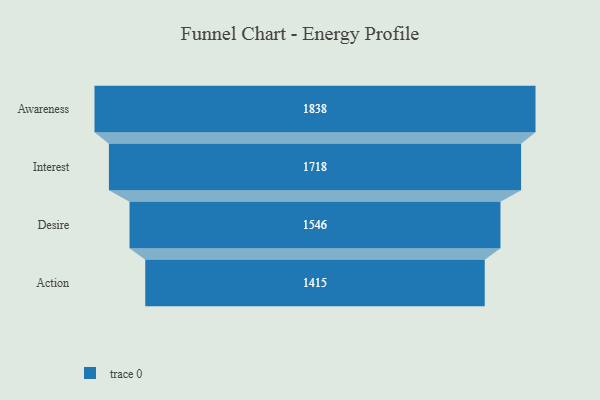
{"axis": {"x": "Stage", "y": "Value"}, "legend": [""], "data": [{"x": "Awareness", "y": 1838.0, "type": ""}, {"x": "Interest", "y": 1718.0, "type": ""}, {"x": "Desire", "y": 1546.0, "type": ""}, {"x": "Action", "y": 1415.0, "type": ""}]}